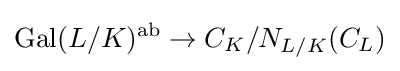
\operatorname {Gal} (L/K)^{\operatorname {ab} }\to C_{K}/N_{L/K}(C_{L})